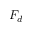
F _ { d }